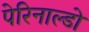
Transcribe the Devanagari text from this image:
पेरिनाल्डो